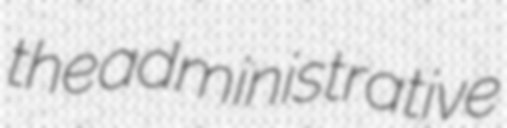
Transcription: the administrative